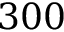
3 0 0